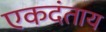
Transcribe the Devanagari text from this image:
एकदंताय